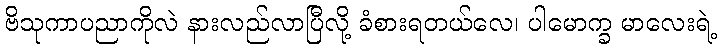
ဗိသုကာပညာကိုလဲ နားလည်လာပြီလို့ ခံစားရတယ်လေ၊ ပါမောက္ခ မာလေးရဲ့